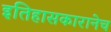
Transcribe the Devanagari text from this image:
इतिहासकारानेच